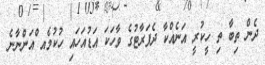
ދެން ތިބާ ތި ހީކުރީ އަނެއްކާ ދެފަރާޓުގެ ވާހަކަ އަޑުއަހައި ހުކުމެއ ްއަންނާނެ